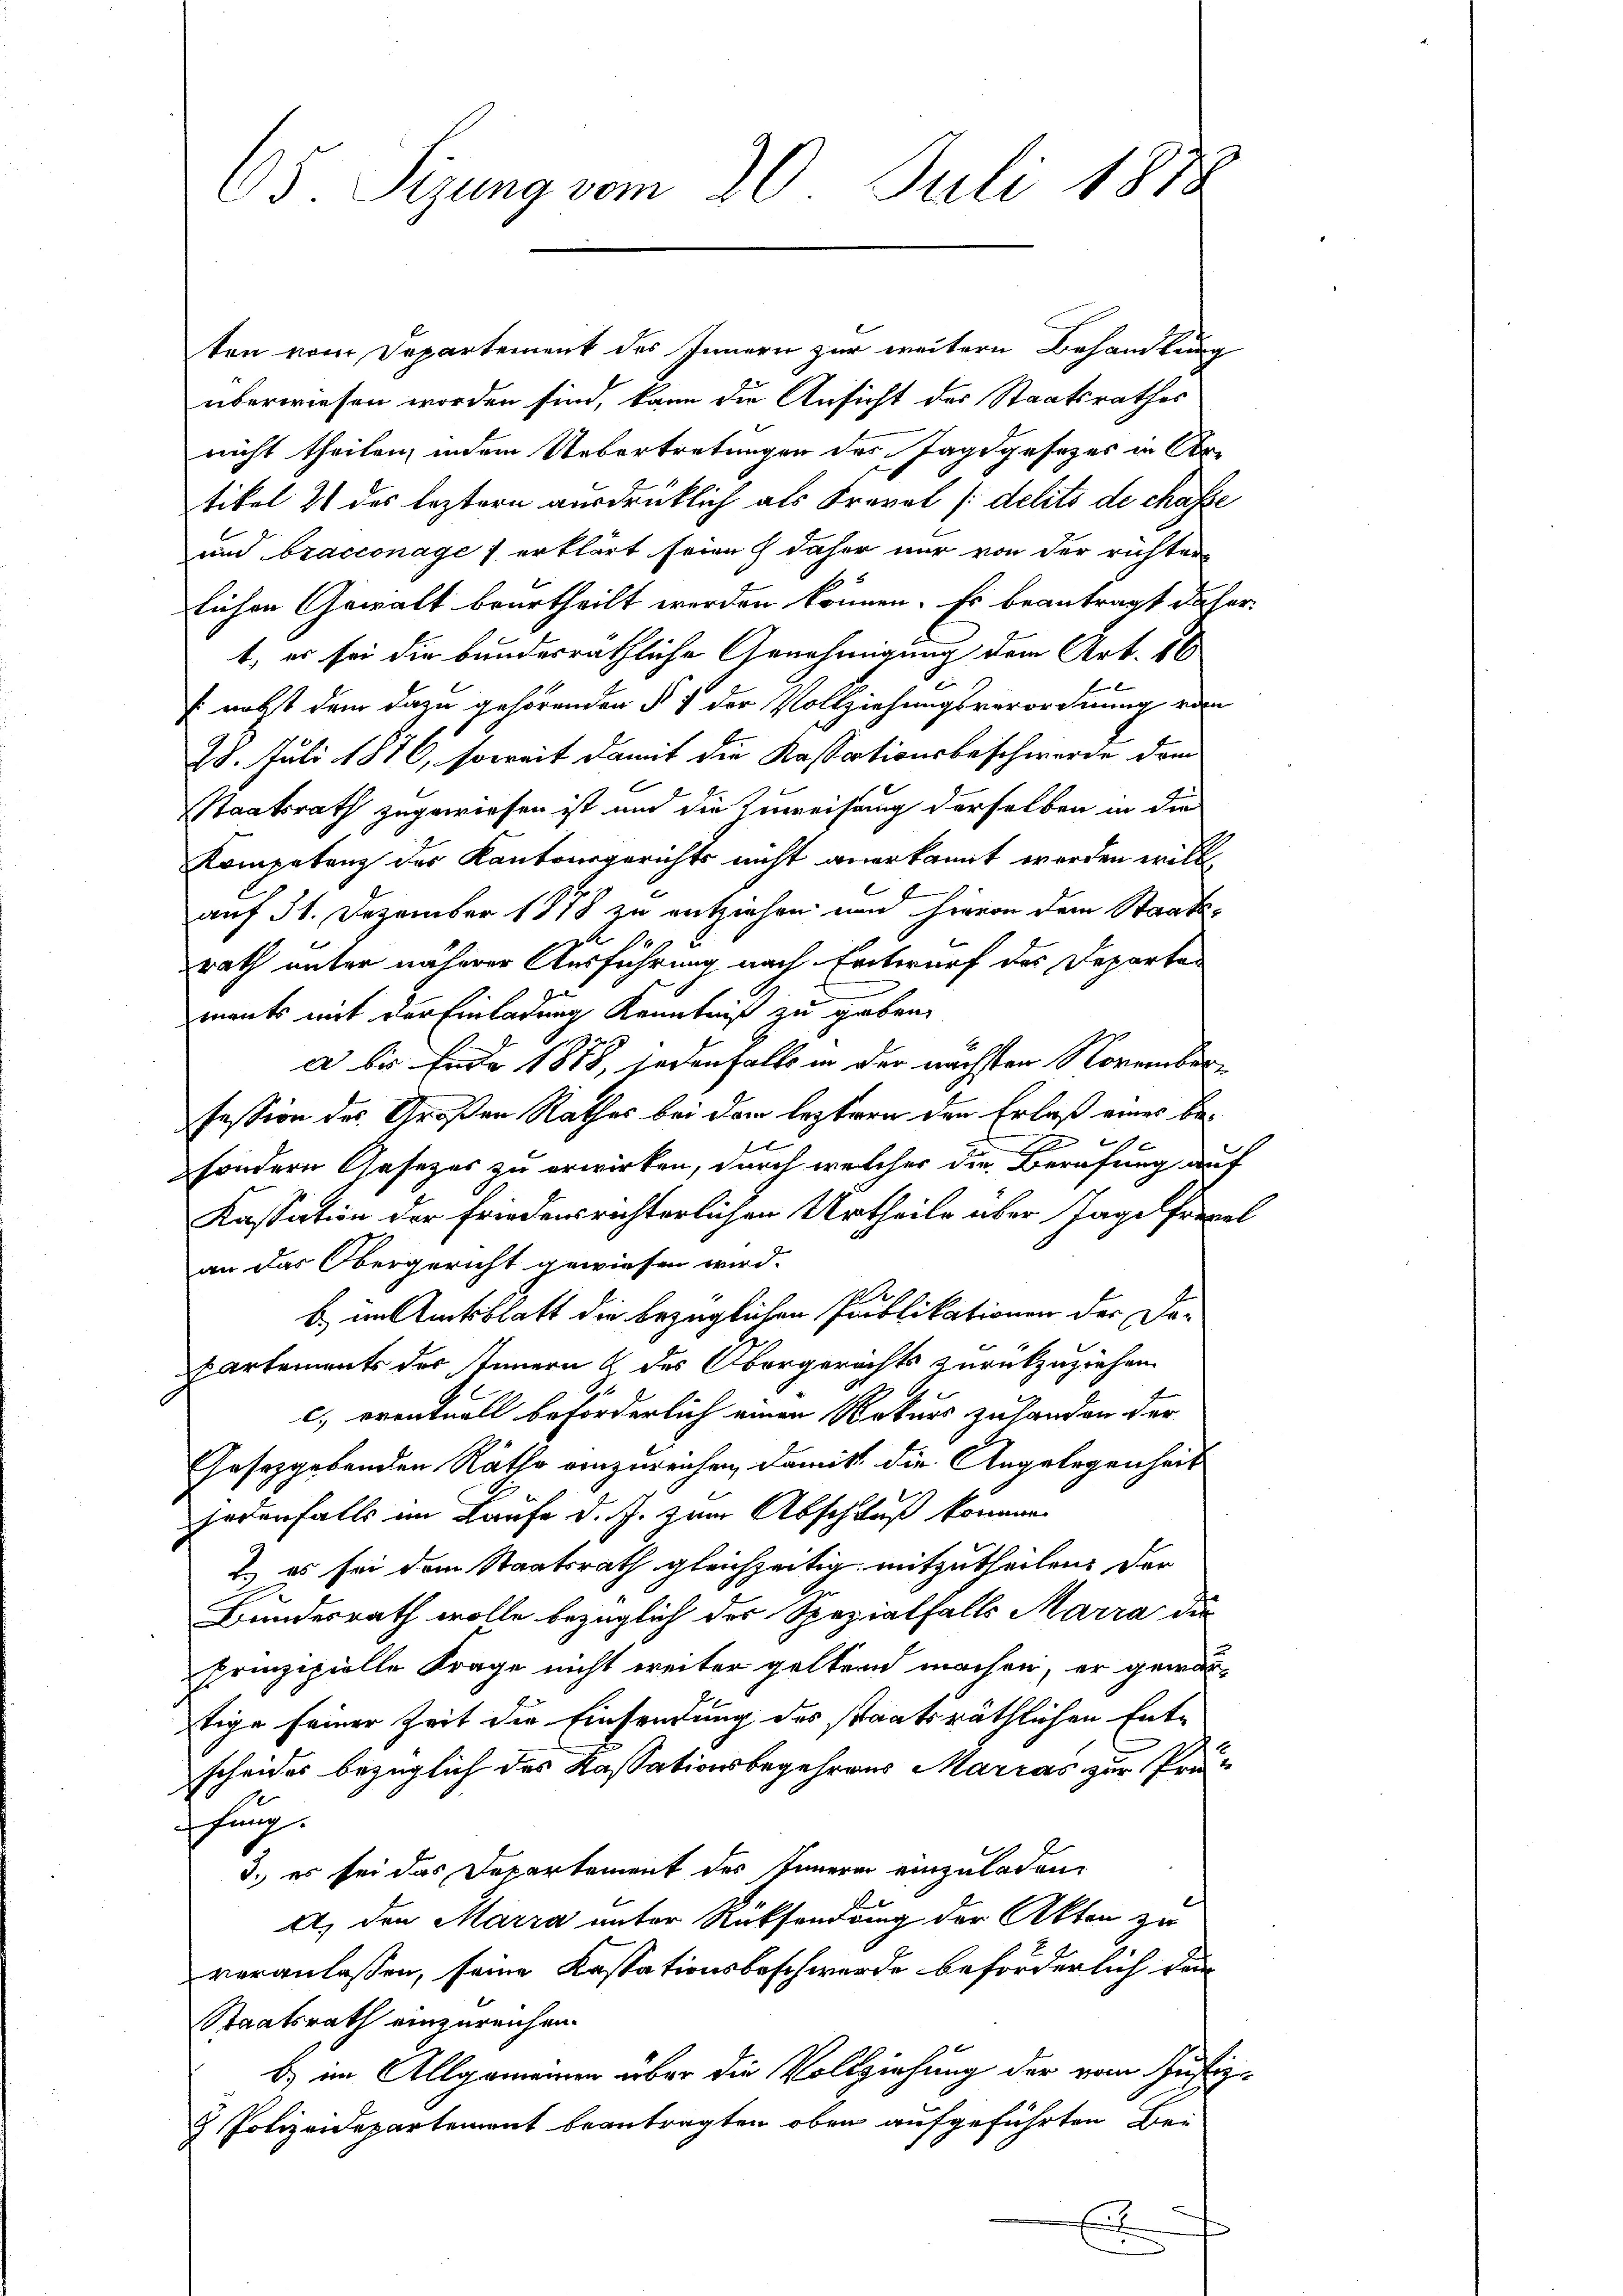
ten vom Departement des Innern zur weitern Behandlung
überwiesen worden sind, kann die Ansicht des Staatsrathes
nicht theilen, indem Uebertretungen des Jagdgesezes in Ar-
tikel 2 des leztern ausdrüklich als Freval [delits de chasse
und bracconage erklärt seien & daher nur von der richter
lichen Gewalt beurtheilt werden können. Es beantragt daher
t, es sei die bundesräthliche Genehmigung dem Art. 88
 nebst dem dazu gehörenden § 7 der Vollziehungsverordnung von
28. Juli 1876, soweit damit die Kassationsbeschwerde dem
Staatsrath zugewiesen ist und die Zuweisung derselben in die
Kompetenz der Kantonsgerichts nicht anerkannt werden will
auf 31. Dezember 1878 zu entziehen und hievon dem Staats-
rath unter näherer Ausführung nach Entwurf des Departen
mants mit der Einladung Kenntniß zu geben.
a bis Ende 1878, jedenfalls in der nächsten Novemberfession des Großen Rathes bei dem leztern den Erlaß eines be¬
E
sondern Gesetzes zu erwirken, durch welcher die Berufung auf
Kassation der Friedensrichterlichen Urtheile über Jagelfrevet
an das Obergericht gewiesen wird.
17.
b im Amtsblatt die bezüglichen Publikationen der Deartements des Innern & des Obergerichts zurückzuziehen.
c.) eventuell beförderlich einen Rekurs zuhanden der
Gaseggebenden Räthe einzureichen, damit die Angelegenheit
jedenfalls im Laufe d. J. zum Abschluß kommen.
 es sei dem Staatsrath gleichzeitig mitzutheilen, der
Bundesrath wolle bezüglich des Spezialfalls Marra die
prinzipielle Frage nicht weiter geltern machen, er gewärtige seiner Zeit die Einsendung des staatsräthlichen Entscheides bezüglich des Kassationsbegehrens Marcas zur Prähung.
3.) es sei das Departement des Innern einzuladen,
A. den Marra unter Rücksendung der Akten zu
veranlassen, seine Kastationsbeschwerde beförderlich den
Staatsrath einzureichen.
b) im Allgemeinen über die Vollziehung der vom Justiz-
& Polizeidepartement beantragten oben aufgeführten Bei
E
.

65. Sizung vom 20. Juli 1888